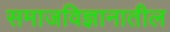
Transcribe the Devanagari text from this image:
समाजविज्ञानातील